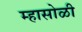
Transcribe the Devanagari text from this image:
म्हासोळी